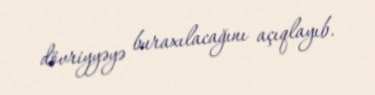
dövriyyəyə buraxılacağını açıqlayıb.